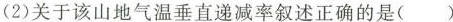
(2)关于该山地气温垂直递减率叙述正确的是( )